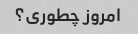
امروز چطوری؟